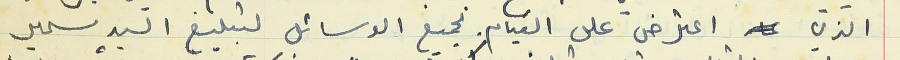
الذي اعترض على القيام بجميع الوسائل لتبليغ السيد سمير